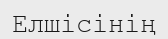
Елшісінің